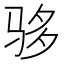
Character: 𬳾